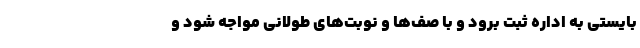
بایستی به اداره ثبت برود و با صف‌ها و نوبت‌های طولانی مواجه شود و